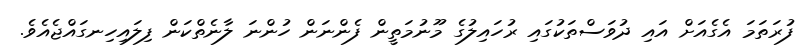
ފުރަތަމަ އެގެއަށް އައި ދުވަސްތަކުގައި ރުހައިލުގެ މޫނުމަތީން ފެންނަން ހުންނަ ލާނެތްކަން ފިލައިހިނގައްޖެއެވެ.